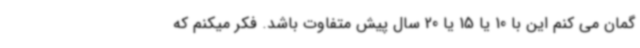
گمان می کنم این با 10 یا 15 یا 20 سال پیش متفاوت باشد. فکر میکنم که